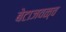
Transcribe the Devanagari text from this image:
बेटाजवळ्च